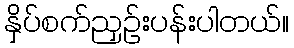
နှိပ်စက်ညှဉ်းပန်းပါတယ်။